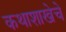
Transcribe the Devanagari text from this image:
कथाशाखेचे